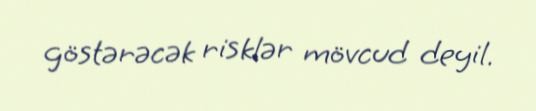
göstərəcək risklər mövcud deyil.